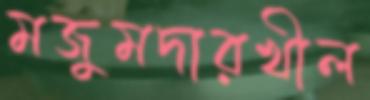
মজুমদারখীল